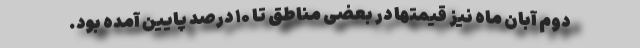
دوم آبان ماه نیز قیمتها در بعضی مناطق تا ۱۰ درصد پایین آمده بود.